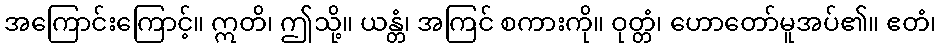
အကြောင်းကြောင့်။ ဣတိ၊ ဤသို့။ ယန္တံ၊ အကြင် စကားကို။ ဝုတ္တံ၊ ဟောတော်မူအပ်၏။ ဧတံ၊